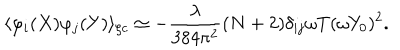
\langle \varphi _ { i } ( X ) \varphi _ { j } ( Y ) \rangle _ { \zeta c } \simeq - \frac { \lambda } { 3 8 4 \pi ^ { 2 } } ( N + 2 ) \delta _ { i j } \omega T ( \omega Y _ { 0 } ) ^ { 2 } .